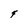
Character: F